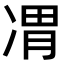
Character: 𪞦